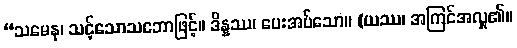
“သမေန၊ သင့်သောသဘောဖြင့်။ ဒိန္နဿ၊ ပေးအပ်သော။ (ယဿ၊ အကြင်အလှူ၏။